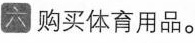
六 购买体育用品。